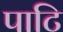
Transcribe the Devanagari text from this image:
पाटि